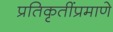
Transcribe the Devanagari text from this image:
प्रतिकृतींप्रमाणे